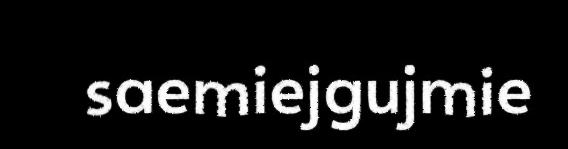
saemiejgujmie